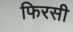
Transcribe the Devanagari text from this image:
फिरसी